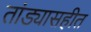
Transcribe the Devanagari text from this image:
तांड्यासहीत